Indian journal of veterinary science and animal husbandry - Volume 12,
Year: 1942
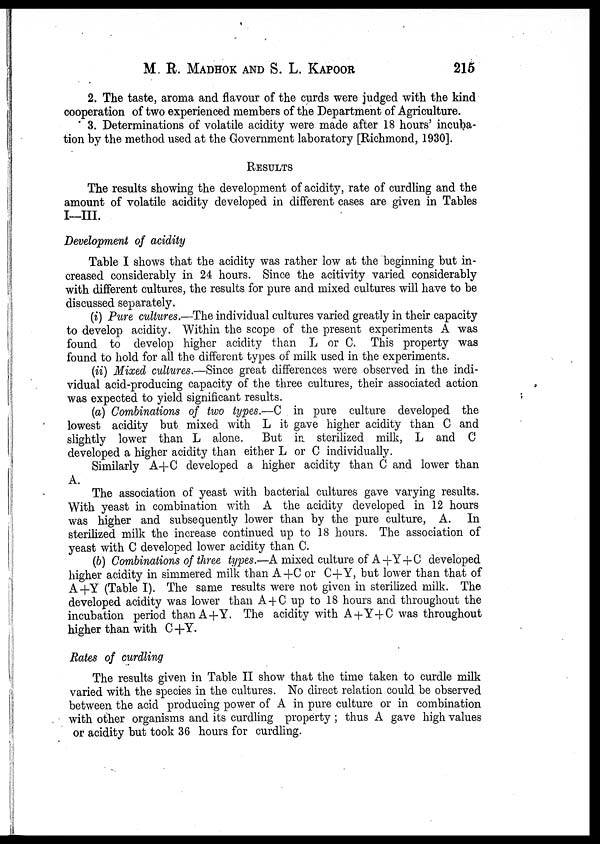
M. R. MADHOK AND S. L. KAPOOR 215
2. The taste, aroma and flavour of the curds were judged with the kind
cooperation of two experienced members of the Department of Agriculture.
3. Determinations of volatile acidity were made after 18 hours' incuba-
tion by the method used at the Government laboratory [Richmond, 1930].
RESULTS
The results showing the development of acidity, rate of curdling and the
amount of volatile acidity developed in different cases are given in Tables
I—III.
Development of acidity
Table I shows that the acidity was rather low at the beginning but in-
creased considerably in 24 hours. Since the acitivity varied considerably
with different cultures, the results for pure and mixed cultures will have to be
discussed separately.
(i) Pure cultures.—The individual cultures varied greatly in their capacity
to develop acidity. Within the scope of the present experiments A was
found to develop higher acidity than L or C. This property was
found to hold for all the different types of milk used in the experiments.
(ii) Mixed cultures.—Since great differences were observed in the indi-
vidual acid-producing capacity of the three cultures, their associated action
was expected to yield significant results.
(a) Combinations of two types.—C in pure culture developed the
lowest acidity but mixed with L it gave higher acidity than C and
slightly lower than L alone. But in sterilized milk, L and C
developed a higher acidity than either L or C individually.
Similarly A + C developed a higher acidity than C and lower than
A.
The association of yeast with bacterial cultures gave varying results.
With yeast in combination with A the acidity developed in 12 hours
was higher and subsequently lower than by the pure culture, A. In
sterilized milk the increase continued up to 18 hours. The association of
yeast with C developed lower acidity than C.
(b) Combinations of three types.—A mixed culture of A+Y+C developed
higher acidity in simmered milk than A+C or C+Y, but lower than that of
A+Y (Table I). The same results were not given in sterilized milk. The
developed acidity was lower than A+C up to 18 hours and throughout the
incubation period than A+Y. The acidity with A+Y+C was throughout
higher than with C+Y.
Rates of curdling
The results given in Table II show that the time taken to curdle milk
varied with the species in the cultures. No direct relation could be observed
between the acid producing power of A in pure culture or in combination
with other organisms and its curdling property ; thus A gave high values
or acidity but took 36 hours for curdling.